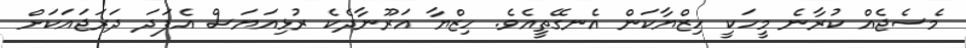
މެސެޖެއް ކުރާނެ މީހަކީ ހިޒްޔާކަން އެނގޭތީއެވެ. ހިޒްޔާ އަރޫނާދެކެ ރުޅިއަޔަސް އެފަދަ ދަރަޖައަކަށް